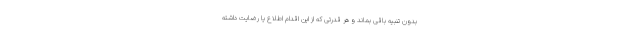
بدون تنبیه باقی بماند و هر قدرتی که از این اقدام اطلاع یا رضایت داشته